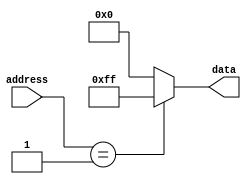
module mask_programmed_rom (
    input [7:0] address,
    output reg [7:0] data
);

always @* begin
    case(address)
        8'h00: data = 8'b00000000; // Memory block 0 data
        8'h01: data = 8'b11111111; // Memory block 1 data
        // Add more memory blocks here with their respective data
        default: data = 8'b00000000; // Default data
    endcase
end
endmodule